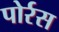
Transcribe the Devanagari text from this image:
पोर्रस